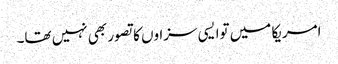
امریکا میں توا یسی سزاوں کا تصور بھی نہیں تھا۔